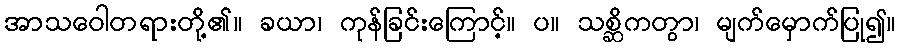
အာသဝေါတရားတို့၏။ ခယာ၊ ကုန်ခြင်းကြောင့်။ ပ။ သစ္ဆိကတွာ၊ မျက်မှောက်ပြု၍။